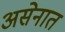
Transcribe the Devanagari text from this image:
असेनात